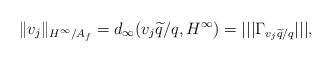
LaTeX: \begin{align*}\|v_j\|_{H^\infty/A_f}=d_{\infty}(v_j\widetilde{q}/q,H^\infty)=|||\Gamma_{v_j\widetilde{q}/q}|||,\end{align*}